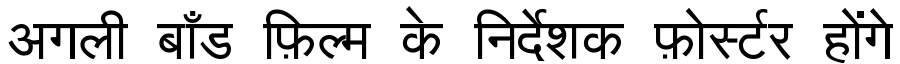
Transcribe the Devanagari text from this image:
अगली बाँड फ़िल्म के निर्देशक फ़ोर्स्टर होंगे